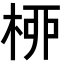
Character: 桺